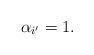
LaTeX: \begin{align*}\alpha_{i'}=1.\end{align*}